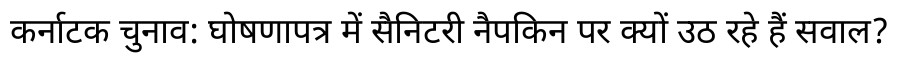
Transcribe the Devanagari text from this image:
कर्नाटक चुनाव: घोषणापत्र में सैनिटरी नैपकिन पर क्यों उठ रहे हैं सवाल?